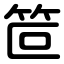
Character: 笸